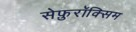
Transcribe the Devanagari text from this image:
सेफ़ुरॉक्सिम